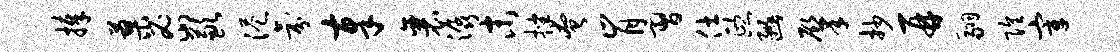
捧蓼密歉港氛奉襄潺末挫奄肯习仕熙豳肇抄再翮隍宰